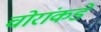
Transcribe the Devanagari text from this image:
चोरांकडे